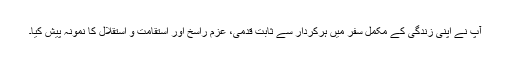
آپ نے اپنی زندگی کے مکمل سفر میں ہرکردار سے ثابت قدمی، عزم راسخ اور استقامت و استقلال کا نمونہ پیش کیا۔